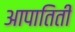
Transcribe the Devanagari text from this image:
आपातिती